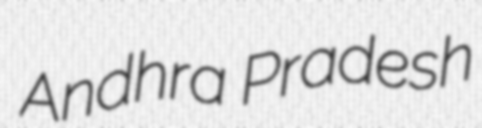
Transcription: Andhra Pradesh